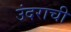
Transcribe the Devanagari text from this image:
उंदराची